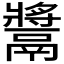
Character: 𩱑